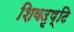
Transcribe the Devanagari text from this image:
शिवदृष्टि